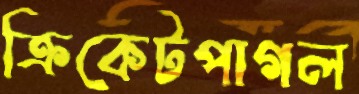
ক্রিকেটপাগল